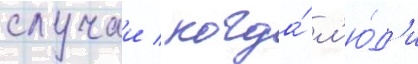
случаи / когда́ л'ю́д'и